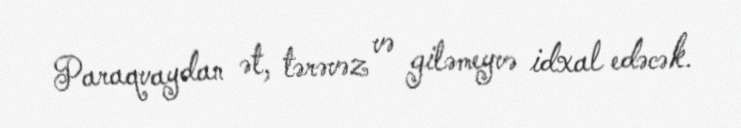
Paraqvaydan ət, tərəvəz və giləmeyvə idxal edəcək.